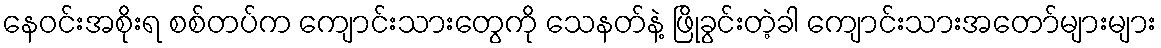
နေဝင်းအစိုးရ စစ်တပ်က ကျောင်းသားတွေကို သေနတ်နဲ့ ဖြိုခွင်းတဲ့ခါ ကျောင်းသားအတော်များများ